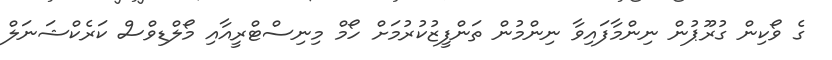
ގެ ވޯކިން ގުރޫޕުން ނިންމާފައިވާ ނިންމުން ތަންފީޒުކުރުމަށް ހޯމް މިނިސްޓްރީއާއި މޯލްޑިވްސް ކަރެކްޝަނަލް